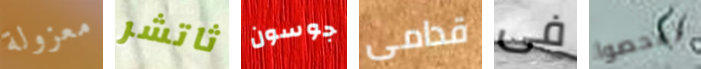
معزولة ثاتشر جوسون قدامى فى تفحصوا